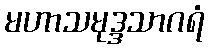
မဟာသမုဒ္ဒသာဂရံ